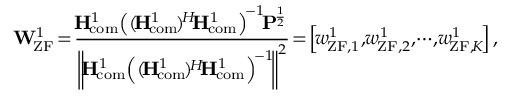
{ \! { \bf { W } } _ { { \! \mathrm { Z F } } } ^ { 1 } } \! = \! \frac { { \! { { \bf { H } } _ { \! \mathrm { { c o m } } } ^ { 1 } } { { \left( { ( \! { { \bf { H } } _ { \! \mathrm { { c o m } } } ^ { 1 } } \! ) ^ { \! H } { \! { \bf { H } } _ { \! { \mathrm { c o m } } } ^ { 1 } } } \right) } ^ { \! - 1 } } { \! { \bf { P } } ^ { \! \frac { 1 } { 2 } } } } } { { { { \left\| \! { { \bf { H } } _ { \! \mathrm { { c o m } } } ^ { 1 } } { { \left( { ( \! { { \bf { H } } _ { \! { \mathrm { c o m } } } ^ { 1 } } \! ) ^ { \! H } { \! { \bf { H } } _ { \! \mathrm { { c o m } } } ^ { 1 } } } \right) } ^ { \! - 1 } } \! \right\| } ^ { 2 } } } } \! = \! \left[ { \! { \boldsymbol { w } } _ { \! { \mathrm { Z F } } , 1 } ^ { 1 } } , { \! { \boldsymbol { w } } _ { \! \mathrm { { Z F } } , 2 } ^ { 1 } } , \! \cdots \! , { \! { \boldsymbol { w } } _ { \! { \mathrm { Z F } } , \! K } ^ { 1 } } \! \right] ,